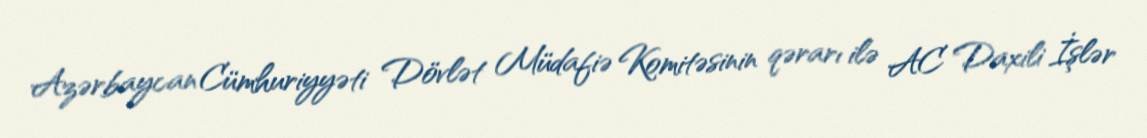
Azərbaycan Cümhuriyyəti Dövlət Müdafiə Komitəsinin qərarı ilə AC Daxili İşlər